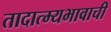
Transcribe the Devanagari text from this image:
तादात्म्यभावाची